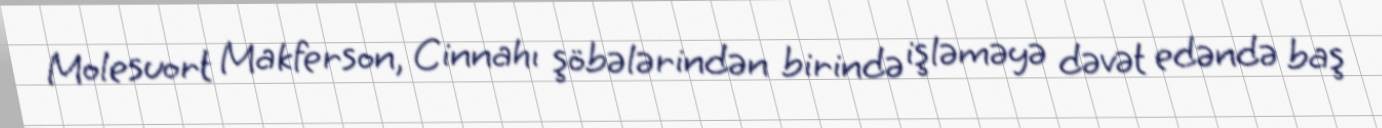
Molesuort Makferson, Cinnahı şöbələrindən birində işləməyə dəvət edəndə baş